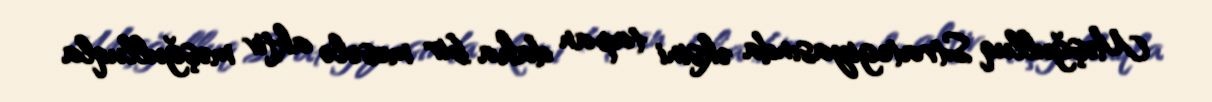
Məşğulluq Strategiyasında əksini tapan daha bir məsələ aktiv məşğulluqla